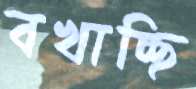
বখাচ্ছি